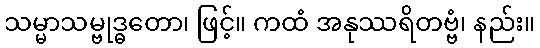
သမ္မာသမ္ဗုဒ္ဓတော၊ ဖြင့်။ ကထံ အနုဿရိတဗ္ဗံ၊ နည်း။